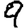
Digit: 9